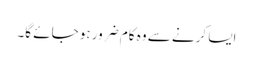
ایسا کرنے سے وہ کام ضرور ہو جائے گا۔